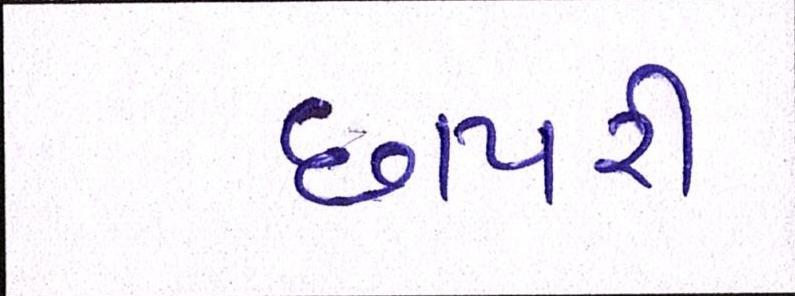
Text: છાપરી